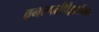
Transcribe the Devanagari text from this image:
वनस्पतीवैज्ञानिक